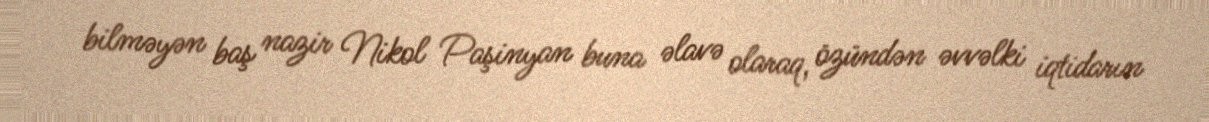
bilməyən baş nazir Nikol Paşinyan buna əlavə olaraq, özündən əvvəlki iqtidarın